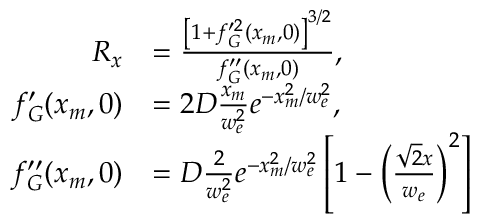
\begin{array} { r l } { R _ { x } } & { = \frac { \left[ 1 + f _ { G } ^ { \prime 2 } ( x _ { m } , 0 ) \right] ^ { 3 / 2 } } { f _ { G } ^ { \prime \prime } ( x _ { m } , 0 ) } , } \\ { f _ { G } ^ { \prime } ( x _ { m } , 0 ) } & { = 2 D \frac { x _ { m } } { w _ { e } ^ { 2 } } e ^ { - x _ { m } ^ { 2 } / w _ { e } ^ { 2 } } , } \\ { f _ { G } ^ { \prime \prime } ( x _ { m } , 0 ) } & { = D \frac { 2 } { w _ { e } ^ { 2 } } e ^ { - x _ { m } ^ { 2 } / w _ { e } ^ { 2 } } \left[ 1 - \left( \frac { \sqrt { 2 } x } { w _ { e } } \right) ^ { 2 } \right] } \end{array}